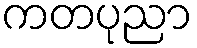
ကတပုညာ